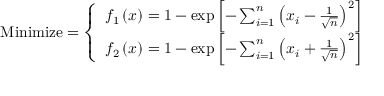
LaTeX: { \mathrm { M i n i m i z e } } = { \left\{ \begin{array} { l l } { f _ { 1 } \left( { \boldsymbol { x } } \right) = 1 - \exp \left[ - \sum _ { i = 1 } ^ { n } \left( x _ { i } - { \frac { 1 } { \sqrt { n } } } \right) ^ { 2 } \right] } \\ { f _ { 2 } \left( { \boldsymbol { x } } \right) = 1 - \exp \left[ - \sum _ { i = 1 } ^ { n } \left( x _ { i } + { \frac { 1 } { \sqrt { n } } } \right) ^ { 2 } \right] } \end{array} \right. }